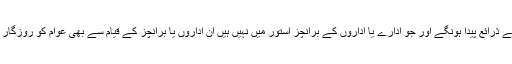
ہسپتالوں اور ڈسپنسریوں کو وسعت دینے سے نوکریوں کے ذرائع پیدا ہونگے اور جو ادارے یا اداروں کے برانچز استور میں نہیں ہیں ان اداروں یا برانچز کے قیام سے بھی عوام کو روزگار کے نئے مواقع ملیں گے جو سب عوام کیلئے ہیں ہونگے۔